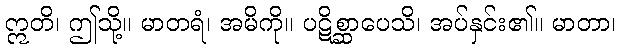
ဣတိ၊ ဤသို့။ မာတရံ၊ အမိကို။ ပဋိစ္ဆာပေသိ၊ အပ်နှင်း၏။ မာတာ၊